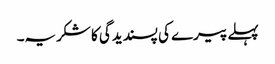
پہلے پیرے کی پسندیدگی کا شکریہ۔